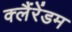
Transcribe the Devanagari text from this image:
क्लैंरेंडम